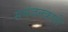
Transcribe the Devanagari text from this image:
समंजनकारी